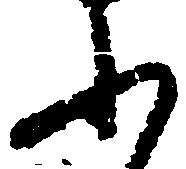
ふ